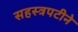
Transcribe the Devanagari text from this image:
सहस्त्रपटीने